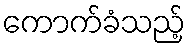
ကောက်ခံသည့်